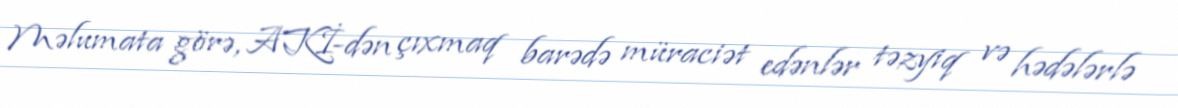
Məlumata görə, AKİ-dən çıxmaq barədə müraciət edənlər təzyiq və hədələrlə